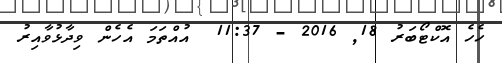
ހެހެ އޮކްޓޯބަރު 18